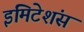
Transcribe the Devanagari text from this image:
इमिटेशंस